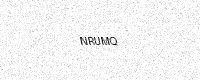
Text: NRUMQ